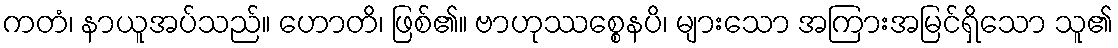
ကတံ၊ နာယူအပ်သည်။ ဟောတိ၊ ဖြစ်၏။ ဗာဟုဿစ္စေနပိ၊ များသော အကြားအမြင်ရှိသော သူ၏